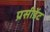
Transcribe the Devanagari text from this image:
प्रसीडेंट